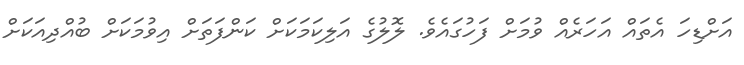
އަށްޑިހަ އެތައް އަހަރެއް ވުމަށް ފަހުގައެވެ. ލޮލުގެ އަލިކަމަކަށް ކަންފަތަށް އިވުމަކަށް ބުއްދިއަކަށް